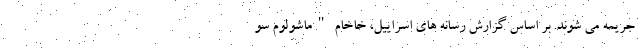
جریمه می شوند. بر اساس گزارش رسانه های اسراییل، خاخام "ماشولوم سو